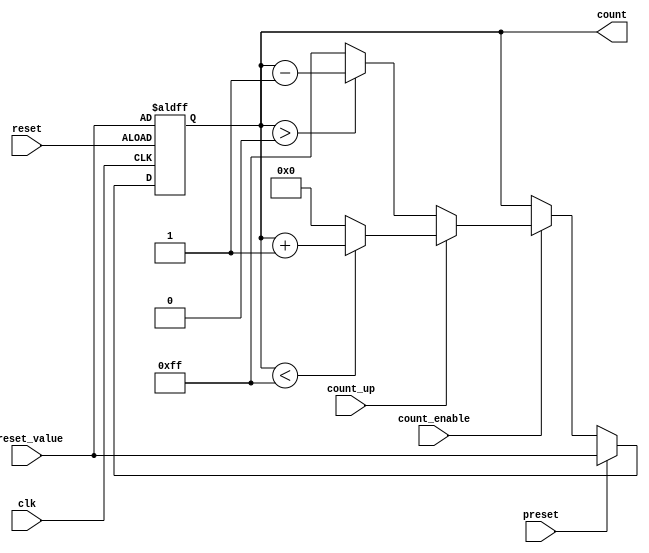
module presettable_counter #(
    parameter WIDTH = 8,         // Bit-width of the counter
    parameter MAX_VALUE = 255,   // Maximum count value for up-counting
    parameter MIN_VALUE = 0      // Minimum count value for down-counting
)(
    input wire clk,              // Clock signal
    input wire reset,            // Asynchronous reset signal
    input wire preset,           // Preset signal
    input wire [WIDTH-1:0] preset_value, // Value to preset the counter
    input wire count_enable,      // Enable counting operation
    input wire count_up,          // Count up/down control signal
    output reg [WIDTH-1:0] count  // Current value of the counter
);

// Asynchronous reset and preset logic
always @(posedge clk or posedge reset) begin
    if (reset) begin
        count <= preset_value; // Reset to preset value
    end else if (preset) begin
        count <= preset_value; // Load preset value
    end else if (count_enable) begin
        if (count_up) begin
            if (count < MAX_VALUE) begin
                count <= count + 1; // Increment counter
            end else begin
                count <= MIN_VALUE; // Wrap around to minimum
            end
        end else begin
            if (count > MIN_VALUE) begin
                count <= count - 1; // Decrement counter
            end else begin
                count <= MAX_VALUE; // Wrap around to maximum
            end
        end
    end
end

endmodule